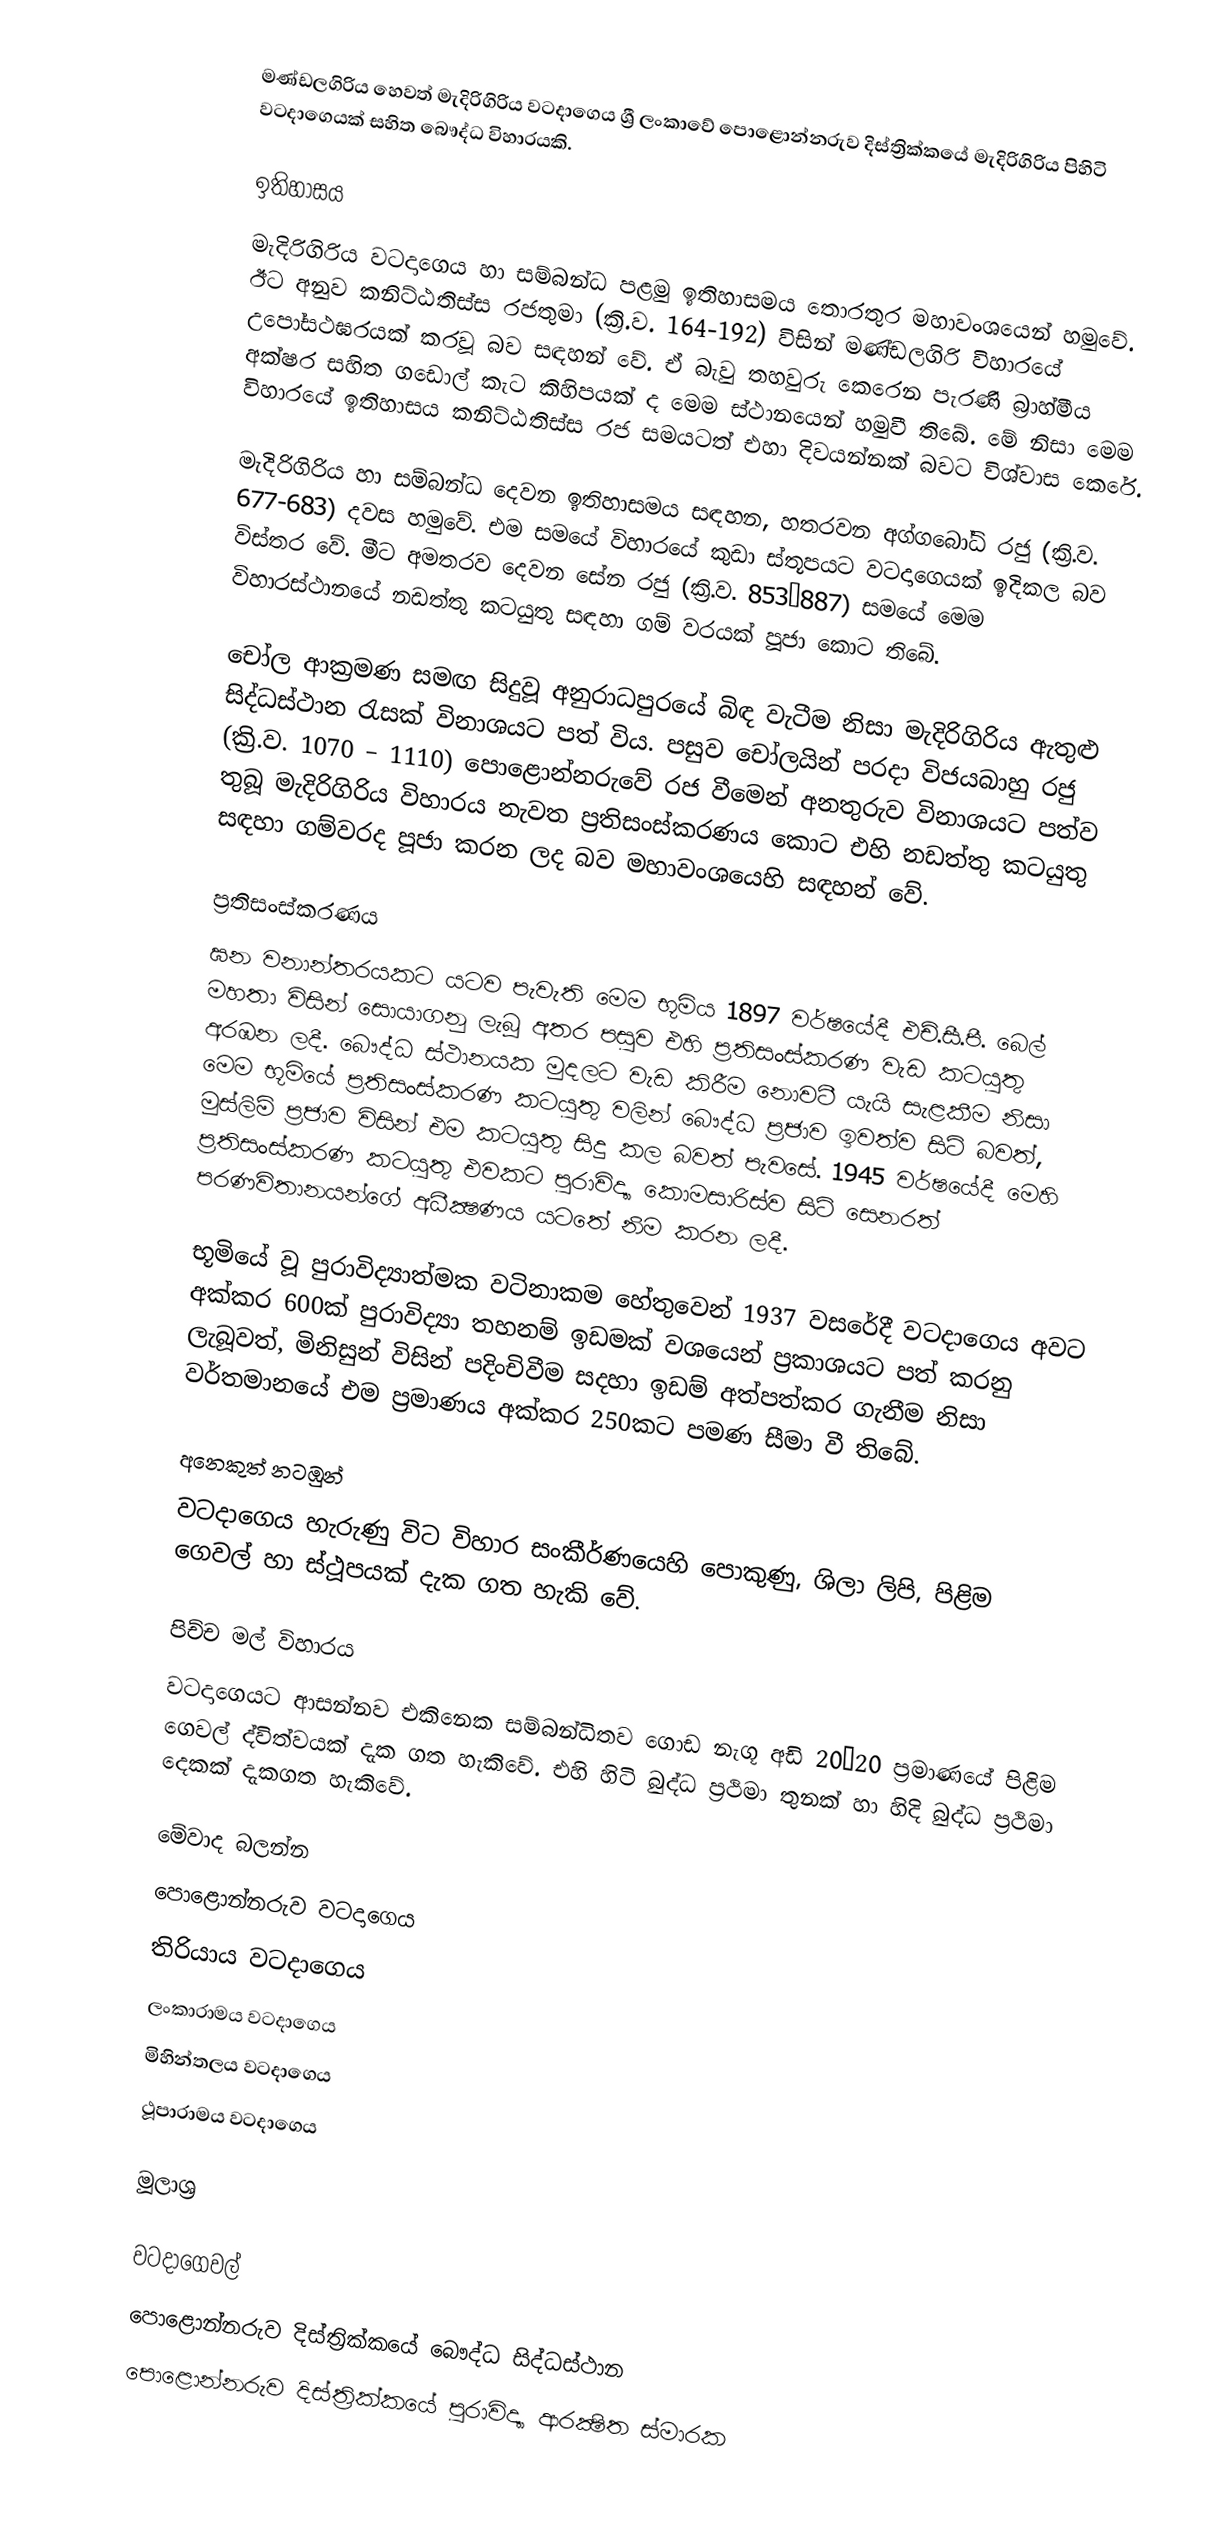
මණ්ඩලගිරිය හෙවත් මැදිරිගිරිය වටදාගෙය ශ්‍රී ලංකාවේ පොළොන්නරුව දිස්ත්‍රික්කයේ මැදිරිගිරිය පිහිටි වටදාගෙයක් සහිත බෞද්ධ විහාරයකි.

ඉතිහාසය
මැදිරිගිරිය වටදාගෙය හා සම්බන්ධ පළමු ඉතිහාසමය තොරතුර මහාවංශයෙන් හමුවේ. ඊට අනුව කනිට්ඨතිස්ස රජතුමා (ක්‍රි.ව. 164-192) විසින් මණ්ඩලගිරි විහාරයේ උපෝසථඝරයක් කරවූ බව සඳහන් වේ. ඒ බැවු තහවුරු කෙරෙන පැරණි බ්‍රාහ්මීය අක්ෂර සහිත ගඩොල් කැට කිහිපයක් ද මෙම ස්ථානයෙන් හමුවී තිබේ. මේ නිසා මෙම විහාරයේ ඉතිහාසය කනිට්ඨතිස්ස රජ සමයටත් එහා දිවයන්නක් බවට විශ්වාස කෙරේ.

මැදිරිගිරිය හා සම්බන්ධ දෙවන ඉතිහාසමය සඳහන, හතරවන අග්ගබෝධි රජු (ක්‍රි.ව. 677-683) දවස හමුවේ. එම සමයේ විහාරයේ කුඩා ස්තූපයට වටදාගෙයක් ඉදිකල බව විස්තර වේ. මීට අමතරව දෙවන සේන රජු (ක්‍රි.ව. 853–887) සමයේ මෙම විහාරස්ථානයේ නඩත්තු කටයුතු සඳහා ගම් වරයක් පූජා කොට තිබේ.

චෝල ආක්‍රමණ සමඟ සිදුවූ අනුරාධපුරයේ බිඳ වැටීම නිසා මැදිරිගිරිය ඇතුළු සිද්ධස්ථාන රැසක් විනාශයට පත් විය. පසුව චෝලයින් පරදා විජයබාහු රජු (ක්‍රි.ව. 1070 – 1110) පොළොන්නරුවේ රජ වීමෙන් අනතුරුව විනාශයට පත්ව තුබූ මැදිරිගිරිය විහාරය නැවත ප්‍රතිසංස්කරණය කොට එහි නඩත්තු කටයුතු සඳහා ගම්වරද පූජා කරන ලද බව මහාවංශයෙහි සඳහන් වේ.

ප්‍රතිසංස්කරණය
ඝන වනාන්තරයකට යටව පැවැති මෙම භූමිය 1897 වර්ෂයේදී එච්.සී.පී. බෙල් මහතා විසින් සොයාගනු ලැබූ අතර පසුව එහි ප්‍රතිසංස්කරණ වැඩ කටයුතු අරඹන ලදී. බෞද්ධ ස්ථානයක මුදලට වැඩ කිරීම නොවටී යැයි සැළකීම නිසා මෙම භූමියේ ප්‍රතිසංස්කරණ කටයුතු වලින් බෞද්ධ ප්‍රජාව ඉවත්ව සිටි බවත්, මුස්ලිම් ප්‍රජාව විසින් එම කටයුතු සිදු කල බවත් පැවසේ. 1945 වර්ෂයේදී මෙහි ප්‍රතිසංස්කරණ කටයුතු එවකට පුරාවිද්‍යා කොමසාරිස්ව සිටි සෙනරත් පරණවිතානයන්ගේ අධීක්‍ෂණය යටතේ නිම කරන ලදී.

භූමියේ වූ පුරාවිද්‍යාත්මක වටිනාකම හේතුවෙන් 1937 වසරේදී වටදාගෙය අවට අක්කර 600ක් පුරාවිද්‍යා තහනම් ඉඩමක් වශයෙන් ප්‍රකාශයට පත් කරනු ලැබූවත්, මිනිසුන් විසින් පදිංචිවීම සදහා ඉඩම් අත්පත්කර ගැනීම නිසා වර්තමානයේ එම ප්‍රමාණය අක්කර 250කට පමණ සීමා වී තිබේ.

අනෙකුත් නටඹුන්
වටදාගෙය හැරුණු විට විහාර සංකීර්ණයෙහි පොකුණු, ශිලා ලිපි, පිළිම ගෙවල් හා ස්ථූපයක් දැක ගත හැකි වේ.

පිච්ච මල් විහාරය
වටදාගෙයට ආසන්නව එකිනෙක සම්බන්ධිතව ගොඩ නැගූ අඩි 20×20 ප්‍රමාණයේ පිළිම ගෙවල් ද්විත්වයක් දැක ගත හැකිවේ. එහි හිටි බුද්ධ ප්‍රථිමා තුනක් හා හිදි බුද්ධ ප්‍රථිමා දෙකක් දැකගත හැකිවේ.

මේවාද බලන්න
පොළොන්නරුව වටදාගෙය
තිරියාය වටදාගෙය
ලංකාරාමය වටදාගෙය
මිහින්තලය වටදාගෙය
ථූපාරාමය වටදාගෙය

මූලාශ්‍ර

වටදාගෙවල්
පොළොන්නරුව දිස්ත්‍රික්කයේ බෞද්ධ සිද්ධස්ථාන
පොළොන්නරුව දිස්ත්‍රික්කයේ පුරාවිද්‍යා ආරක්‍ෂිත ස්මාරක‎